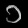
Digit: ၁